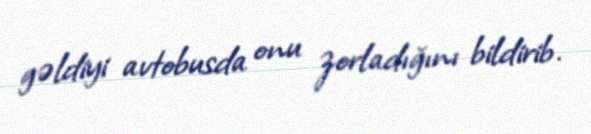
gəldiyi avtobusda onu zorladığını bildirib.